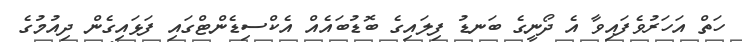
ހަތް އަހަރުވެފައިވާ އެ ދޯނީގެ ބަނޑު ފިލައިގެ ބޮޑުބައެއް އެކްސިޑެންޓްގައި ފަޅައިގެން ދިއުމުގެ